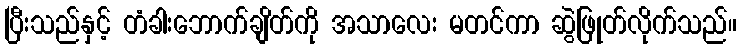
ပြီးသည်နှင့် တံခါးဘောက်ချိတ်ကို အသာလေး မတင်ကာ ဆွဲဖြုတ်လိုက်သည်။